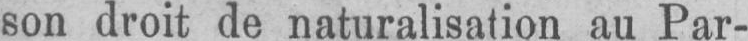
son droit de naturalisation au Par-